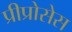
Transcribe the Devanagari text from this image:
प्रीप्रोसेस